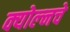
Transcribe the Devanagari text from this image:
क्योल्नचे